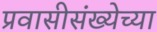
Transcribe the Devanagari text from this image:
प्रवासीसंख्येच्या